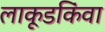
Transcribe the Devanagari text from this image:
लाकूडकिंवा